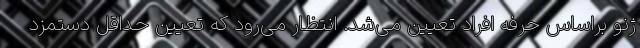
ژنو براساس حرفه افراد تعیین می‌شد. انتظار می‌رود که تعیین حداقل دستمزد